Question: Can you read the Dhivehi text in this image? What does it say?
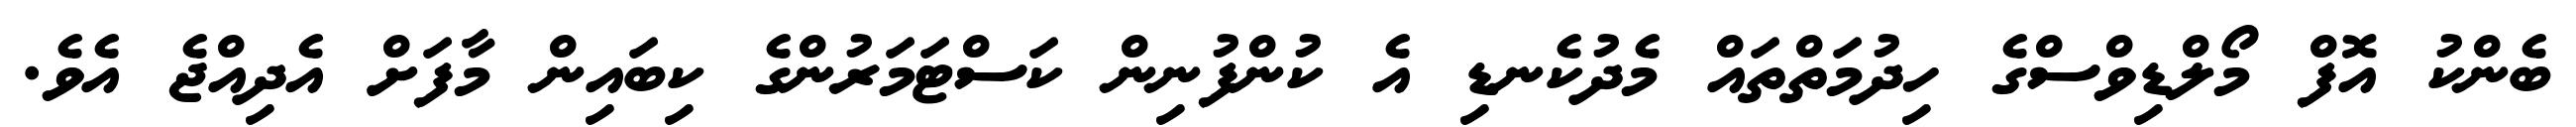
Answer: ބެންކު އޮފް މޯލްޑިވްސްގެ ހިދުމަތްތައް މެދުކެނޑި އެ ކުންފުނިން ކަސްޓަމަރުންގެ ކިބައިން މާފަށް އެދިއްޖެ އެވެ.